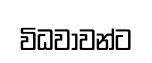
විධවාවන්ට